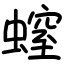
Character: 螲